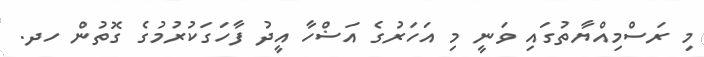
މި ރަސްމިއްޔާތުގައި ވަނީ މި އަހަރުގެ އަޟްހާ އީދު ފާހަގަކުރުމުގެ ގޮތުން ހދ.